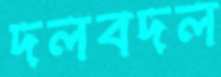
দলবদল